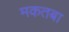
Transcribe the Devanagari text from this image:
मकतबा